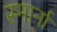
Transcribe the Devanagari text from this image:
स्मार्ना